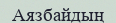
Аязбайдың